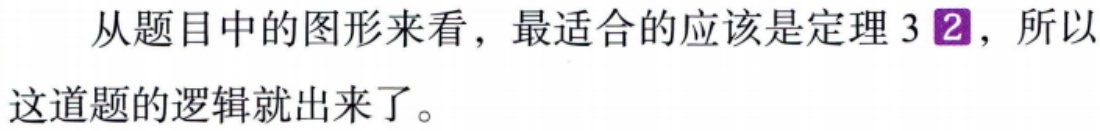
从题目中的图形来看，最适合的应该是定理 3\textcircled{2}，所以这道题的逻辑就出来了。